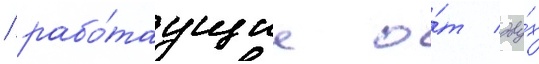
/ рабо́таущие о́т дву́х